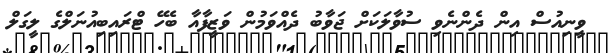
ވީނިއުސް އިން ދެންނެވި ސުވާލަކަށް ޖަވާބު ދެއްވަމުން ވަޒީފާއާ ބެހޭ ޓްރައިބިއުނަލްގެ ލީގަލް